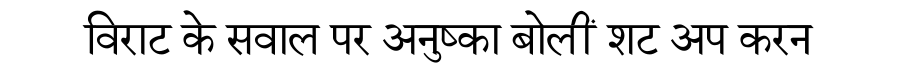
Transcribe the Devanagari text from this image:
विराट के सवाल पर अनुष्का बोलीं शट अप करन